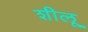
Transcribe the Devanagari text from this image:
शीलू